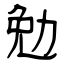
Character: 勉